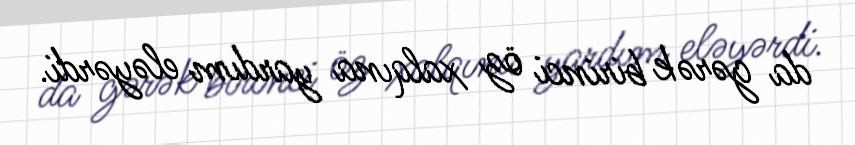
da gərək birinci öz xalqına yardım eləyərdi.